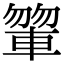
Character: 𨍂